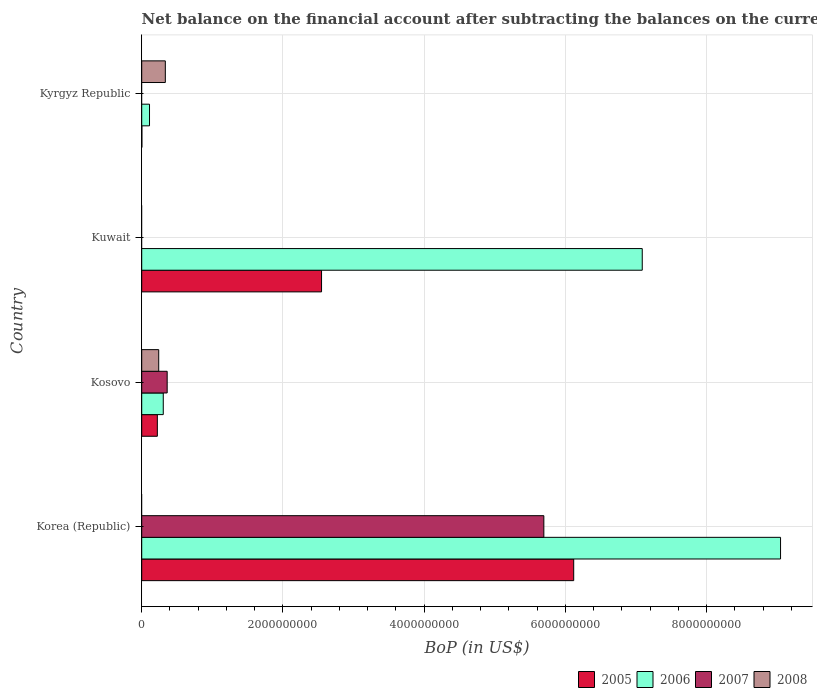
| Country | 2005 | 2006 | 2007 | 2008 |
 | --- | --- | --- | --- | --- |
 | Korea (Republic) | 6.12e+09 | 9.05e+09 | 5.69e+09 | -9.81e+09 |
 | Kosovo | 2.21e+08 | 3.05e+08 | 3.6e+08 | 2.41e+08 |
 | Kuwait | 2.55e+09 | 7.09e+09 | -4.73e+09 | -1e+10 |
 | Kyrgyz Republic | 2.12e+06 | 1.1e+08 | -4.76e+08 | 3.34e+08 |